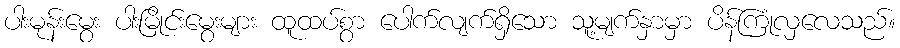
ပါးမုန်းမွေး ပါးမြိုင်းမွေးများ ထူထပ်စွာ ပေါက်လျက်ရှိသော သူ့မျက်နှာမှာ ပိန်ကြုံလှလေသည်။